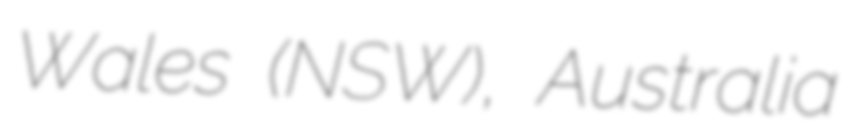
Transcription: Wales (NSW), Australia